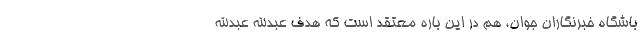
باشگاه خبرنگاران جوان، هم در این باره معتقد است که هدف عبدالله عبدالله